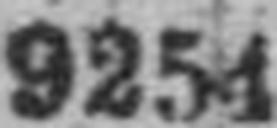
9254